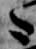
々